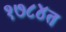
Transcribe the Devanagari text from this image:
१७८४त